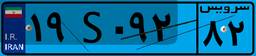
۱۹S۰۹۲۸۲